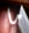
ما